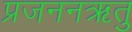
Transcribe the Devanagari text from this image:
प्रजननऋतु